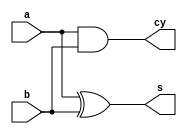
`timescale 1ns / 1ps
module ha( input a,b,output s,cy);
assign s=a^b;
assign cy=a&b;
endmodule

module fa(input a,b,c,output s,cy);
wire [2:0] w;
ha u1(a,b,w[0],w[1]);
ha u2(w[0],c,s,w[2]);
or or_1(cy,w[1],w[2]);
endmodule

module and_0(input a,b,output y0);
assign y0=a&b;
endmodule
module and_1(input a,b,c,d,output y0,y1);
assign y0=a&b;
assign y1=c&d;
endmodule
module and_2(input a,b,c,d,e,f,output y0,y1,y2);
assign y0=a&b;
assign y1=c&d;
assign y2=e&f;
endmodule
module and_3(input a,b,c,d,e,f,g,h,output y0,y1,y2,y3);
assign y0=a&b;
assign y1=c&d;
assign y2=e&f;
assign y3=g&h;
endmodule
module and_4(input a,b,c,d,e,f,g,h,i,j,output y0,y1,y2,y3,y4);
assign y0=a&b;
assign y1=c&d;
assign y2=e&f;
assign y3=g&h;
assign y4=i&j;
endmodule
module and_5(input a,b,c,d,e,f,g,h,i,j,k,l,output y0,y1,y2,y3,y4,y5);
assign y0=a&b;
assign y1=c&d;
assign y2=e&f;
assign y3=g&h;
assign y4=i&j;
assign y5=k&l;
endmodule
module and_6(input a,b,c,d,e,f,g,h,i,j,k,l,m,n,output y0,y1,y2,y3,y4,y5,y6);
assign y0=a&b;
assign y1=c&d;
assign y2=e&f;
assign y3=g&h;
assign y4=i&j;
assign y5=k&l;
assign y6=m&n;
endmodule
module and_7(input a,b,c,d,e,f,g,h,i,j,k,l,m,n,o,p,output y0,y1,y2,y3,y4,y5,y6,y7);
assign y0=a&b;
assign y1=c&d;
assign y2=e&f;
assign y3=g&h;
assign y4=i&j;
assign y5=k&l;
assign y6=m&n;
assign y7=o&p;
endmodule
module and_8(input a,b,c,d,e,f,g,h,i,j,k,l,m,n,output y0,y1,y2,y3,y4,y5,y6);
assign y0=a&b;
assign y1=c&d;
assign y2=e&f;
assign y3=g&h;
assign y4=i&j;
assign y5=k&l;
assign y6=m&n;
endmodule
module and_9(input a,b,c,d,e,f,g,h,i,j,k,l,output y0,y1,y2,y3,y4,y5);
assign y0=a&b;
assign y1=c&d;
assign y2=e&f;
assign y3=g&h;
assign y4=i&j;
assign y5=k&l;
endmodule
module and_10(input a,b,c,d,e,f,g,h,i,j,output y0,y1,y2,y3,y4);
assign y0=a&b;
assign y1=c&d;
assign y2=e&f;
assign y3=g&h;
assign y4=i&j;
endmodule
module and_11(input a,b,c,d,e,f,g,h,output y0,y1,y2,y3);
assign y0=a&b;
assign y1=c&d;
assign y2=e&f;
assign y3=g&h;
endmodule
module and_12(input a,b,c,d,e,f,output y0,y1,y2);
assign y0=a&b;
assign y1=c&d;
assign y2=e&f;
endmodule
module and_13(input a,b,c,d,output y0,y1);
assign y0=a&b;
assign y1=c&d;
endmodule
module and_14(input a,b,output y0);
assign y0=a&b;
endmodule
module mul_16(input [8:0] a,b,output [15:0] s);
wire  [63:0] w;
wire [13:0] c;
wire [35:0] sin;
wire [35:0] cin;
assign c[0]=0;
and_0 ut0(a[0],b[0],s[0]);
and_1 ut1(a[1],b[0],a[0],b[1],w[1],w[2]);
and_2 ut2(a[2],b[0],a[1],b[1],a[0],b[2],w[3],w[4],w[5]);
and_3 ut3(a[3],b[0],a[2],b[1],a[1],b[2],a[0],b[3],w[6],w[7],w[8],w[9]);
and_4 ut4(a[4],b[0],a[3],b[1],a[2],b[2],a[1],b[3],a[0],b[4],w[10],w[11],w[12],w[13],w[14]);
and_5 ut5(a[5],b[0],a[4],b[1],a[3],b[2],a[2],b[3],a[1],b[4],a[0],b[5],w[15],w[16],w[17],w[18],w[19],w[20]);
and_6 ut6(a[6],b[0],a[5],b[1],a[4],b[2],a[3],b[3],a[2],b[4],a[1],b[5],a[0],b[6],w[21],w[22],w[23],w[24],w[25],w[26],w[27]);
and_7 ut7(a[7],b[0],a[6],b[1],a[5],b[2],a[4],b[3],a[3],b[4],a[2],b[5],a[1],b[6],a[0],b[7],w[28],w[29],w[30],w[31],w[32],w[33],w[34],w[35]);
and_8 ut8(a[7],b[1],a[6],b[2],a[5],b[3],a[4],b[4],a[3],b[5],a[2],b[6],a[1],b[7],w[36],w[37],w[38],w[39],w[40],w[41],w[42]);
and_9 ut9(a[7],b[2],a[6],b[3],a[5],b[4],a[4],b[5],a[3],b[6],a[2],b[7],w[43],w[44],w[45],w[46],w[47],w[48]);
and_10 ut10(a[7],b[3],a[6],b[4],a[5],b[5],a[4],b[6],a[3],b[7],w[49],w[50],w[51],w[52],w[53]);
and_11 ut11(a[7],b[4],a[6],b[5],a[5],b[6],a[4],b[7],w[54],w[55],w[56],w[57]);
and_12 ut12(a[7],b[5],a[6],b[6],a[5],b[7],w[58],w[59],w[60]);
and_13 ut13(a[7],b[6],a[6],b[7],w[61],w[62]);
and_14 ut14(a[7],b[7],w[63]);

ha fa1 (w[1],w[2],s[1],c[1]);//stage 2

fa fa2 (w[3],w[4],c[1],sin[0],cin[0]);//stage3
fa fa3 (sin[0],w[5],cin[0],s[2],c[2]);//stage3

fa fa4 (w[6],w[7],c[2],sin[1],cin[1]);//stage 4
fa fa5 (sin[1],w[8],cin[1],sin[2],cin[2]);//stage 4
fa fa6 (sin[2],w[9],cin[2],s[3],c[3]);//stage 4

fa fa7(w[10],w[11],c[3],sin[3],cin[3]);//stage5
fa fa8(w[12],sin[3],cin[3],sin[4],cin[4]);
fa fa9(w[13],sin[4],cin[4],sin[5],cin[5]);
fa fa10(w[14],sin[5],cin[5],s[4],c[4]);

fa fa11(w[15],w[16],c[4],sin[6],cin[6]);//stage 6
fa fa12(w[17],sin[6],cin[6],sin[7],cin[7]);
fa fa13(w[18],sin[7],cin[7],sin[8],cin[8]);
fa fa14(w[19],sin[8],cin[8],sin[9],cin[9]);
fa fa15(w[20],sin[9],cin[9],s[5],c[5]);

fa fa16(w[21],w[22],c[5],sin[10],cin[10]);//stage 7
fa fa17(w[23],sin[10],cin[10],sin[11],cin[11]);
fa fa18(w[24],sin[11],cin[11],sin[12],cin[12]);
fa fa19(w[25],sin[12],cin[12],sin[13],cin[13]);
fa fa20(w[26],sin[13],cin[13],sin[14],cin[14]);
fa fa21(w[27],sin[14],cin[14],s[6],c[6]);

fa fa22(w[28],w[29],c[6],sin[15],cin[15]);//stage8
fa fa23(w[30],sin[15],cin[15],sin[16],cin[16]);
fa fa24(w[31],sin[16],cin[16],sin[17],cin[17]);
fa fa25(w[32],sin[17],cin[17],sin[18],cin[18]);
fa fa26(w[33],sin[18],cin[18],sin[19],cin[19]);
fa fa27(w[34],sin[19],cin[19],sin[20],cin[20]);
fa fa28(w[35],sin[20],cin[20],s[7],c[7]);

fa fa29(w[36],w[37],c[7],sin[21],cin[21]);//stage 9
fa fa30(w[38],sin[21],cin[21],sin[22],cin[22]);
fa fa31(w[39],sin[22],cin[22],sin[23],cin[23]);
fa fa32(w[40],sin[23],cin[23],sin[24],cin[24]);
fa fa33(w[41],sin[24],cin[24],sin[25],cin[25]);
fa fa34(w[42],sin[25],cin[25],s[8],c[8]);


fa fa35(w[43],w[44],c[8],sin[26],cin[26]);//stahe 10
fa fa36(w[45],sin[26],cin[26],sin[27],cin[27]);
fa fa37(w[46],sin[27],cin[27],sin[28],cin[28]);
fa fa38(w[47],sin[28],cin[28],sin[29],cin[29]);
fa fa39(w[48],sin[29],cin[29],s[9],c[9]);

fa fa40(w[49],w[50],c[9],sin[30],cin[30]);//stage 11
fa fa41(w[51],sin[30],cin[30],sin[31],cin[31]);
fa fa42(w[52],sin[31],cin[31],sin[32],cin[32]);
fa fa43(w[53],sin[32],cin[32],s[10],c[10]);

fa fa44(w[54],w[55],c[10],sin[33],cin[33]);//stage 12
fa fa45(w[56],sin[33],cin[33],sin[34],cin[34]);
fa fa46(w[57],sin[34],cin[34],s[11],c[11]);

fa fa47(w[58],w[59],c[11],sin[35],cin[35]);//stage 13
fa fa48(w[60],sin[35],cin[35],s[12],c[12]);

fa fa49(w[61],w[62],c[12],s[13],c[13]);//stage 14

ha ha3(w[63],c[13],s[14],s[15]);//stage 15


endmodule